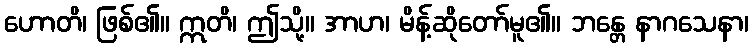
ဟောတိ၊ ဖြစ်၏။ ဣတိ၊ ဤသို့။ အာဟ၊ မိန့်ဆိုတော်မူ၏။ ဘန္တေ နာဂသေနာ၊